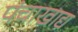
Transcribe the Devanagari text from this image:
पंचाखाद्य